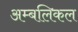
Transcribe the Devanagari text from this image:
अम्बलिकल